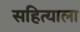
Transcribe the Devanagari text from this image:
सहित्याला